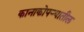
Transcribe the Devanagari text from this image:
कानाकोपर्‍यातील